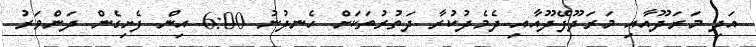
އަދި މަރަދޫއާއި މަރަދޫފޭދޫއާއި ދެމެދުކުރާ ދަތުރުތަކަށް ހެނދުނު 6:00 އިން ފެށިގެން ދަންވަރު